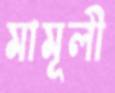
মামূলী